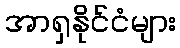
အာရှနိုင်ငံများ